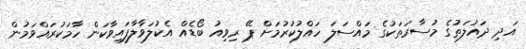
އަދި ދައުލަތުގެ މުސާރަތަކުގެ މައްސަލަ ހައްލުކުރުމަށް ޕޭ ރިވިއު ބޯޑެއް އެކުލަވާލާފައިވާކަން ހާމަކުރައްވަމުން